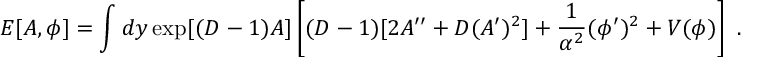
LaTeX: E [ A , \phi ] = \int d y \exp [ ( D - 1 ) A ] \left[ ( D - 1 ) [ 2 A ^ { \prime \prime } + D ( A ^ { \prime } ) ^ { 2 } ] + { \frac { 1 } { \alpha ^ { 2 } } } ( \phi ^ { \prime } ) ^ { 2 } + V ( \phi ) \right] ~ .